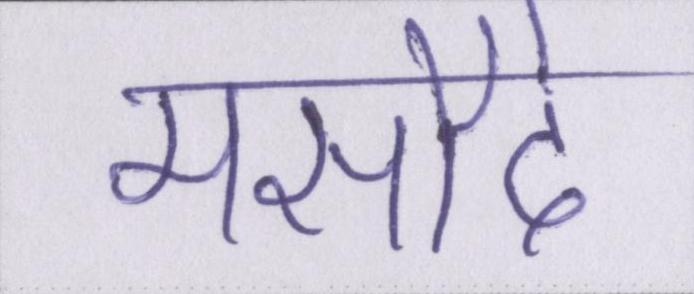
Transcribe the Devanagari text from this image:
मसौदे